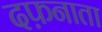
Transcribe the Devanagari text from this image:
दफ़नाता